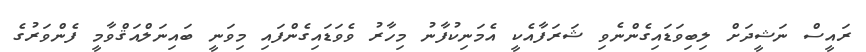
ރައީސް ނަޝީދަށް ލިބިވަޑައިގެންނެވި ޝަރަފާއެކީ އެމަނިކުފާނު މިހާރު ވެވަޑައިގެންފައި މިވަނީ ބައިނަލްއަޤްވާމީ ފެންވަރުގެ